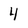
Character: 4